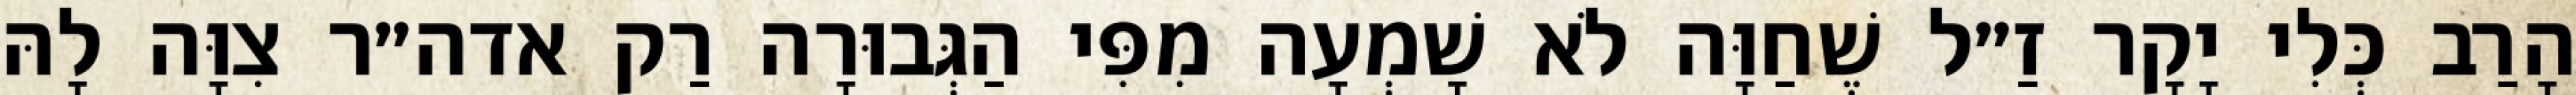
הָרַב כְּלִי יָקָר זַ״ל שֶׁחַוָּה לֹא שָׁמְעָה מִפִּי הַגְּבוּרָה רַק אדה״ר צִוָּה לָהּ